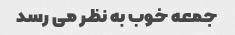
جمعه خوب به نظر می رسد